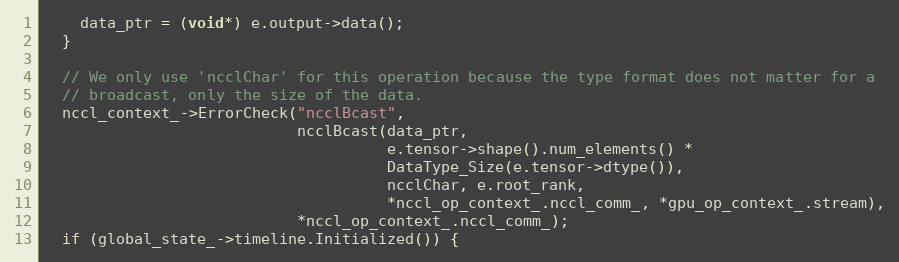
Language: C++
    data_ptr = (void*) e.output->data();
  }

  // We only use 'ncclChar' for this operation because the type format does not matter for a
  // broadcast, only the size of the data.
  nccl_context_->ErrorCheck("ncclBcast",
                            ncclBcast(data_ptr,
                                      e.tensor->shape().num_elements() *
                                      DataType_Size(e.tensor->dtype()),
                                      ncclChar, e.root_rank,
                                      *nccl_op_context_.nccl_comm_, *gpu_op_context_.stream),
                            *nccl_op_context_.nccl_comm_);
  if (global_state_->timeline.Initialized()) {